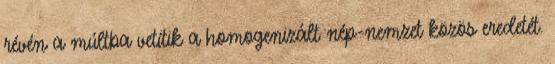
révén a múltba vetítik a homogenizált nép-nemzet közös eredetét.